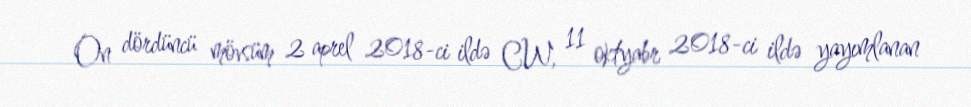
On dördüncü mövsüm 2 aprel 2018-ci ildə CW, 11 oktyabr 2018-ci ildə yayımlanan